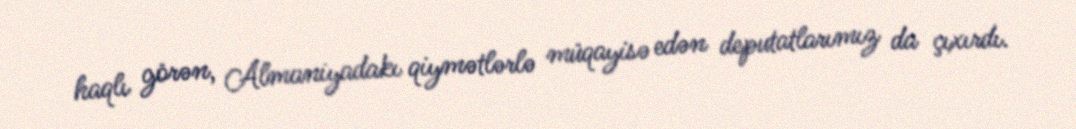
haqlı görən, Almaniyadakı qiymətlərlə müqayisə edən deputatlarımız da çıxırdı.